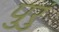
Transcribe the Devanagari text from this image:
पुरुं